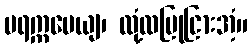
ပရက္ကမေယျ၊ လုံ့လပြုငြားအံ့။